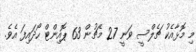
މި މޮޅާއެކު ޗެލްސީ ވަނީ 27 މެޗުން 63 ޕޮއިންޓް ހޯދައިފަ އެވެ.